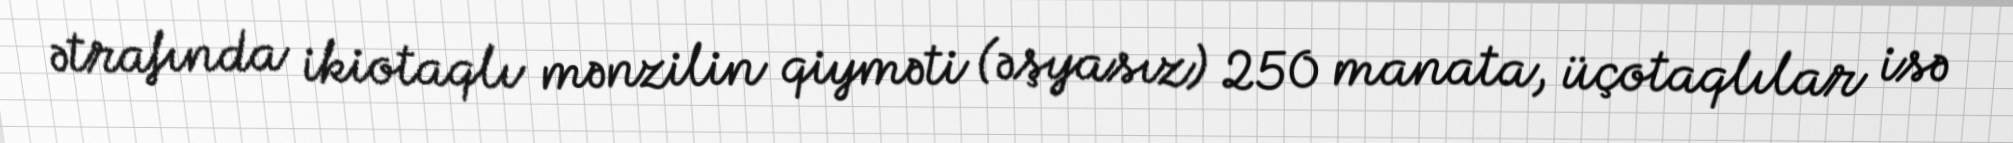
ətrafında ikiotaqlı mənzilin qiyməti (əşyasız) 250 manata, üçotaqlılar isə